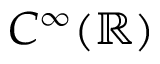
C ^ { \infty } ( { \mathbb R } )